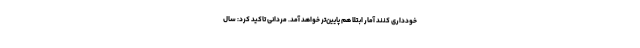
خودداری کنند آمار ابتلا هم پایین‌تر خواهد آمد. مردانی تاکید کرد: سال